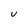
Character: v